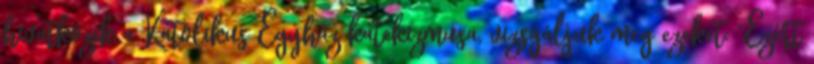
hivatkozik a Katolikus Egyház katekizmusa, vizsgáljuk meg ezeket: “Ezért